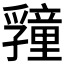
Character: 𭓜